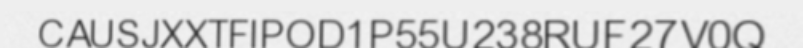
CAUSJXXTFIPOD1P55U238RUF27V0Q